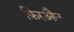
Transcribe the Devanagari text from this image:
फ़िरऔन